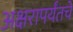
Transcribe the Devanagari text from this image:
अक्षरापर्यंतचे